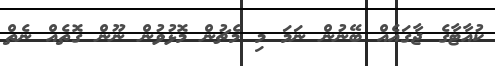
ކުއާޓާގެ ޖާގައެއް ބޭނުން ނަމަ މި މެޗުން މޮޅުވުން ނޫން ގޮތެއް ނެތް